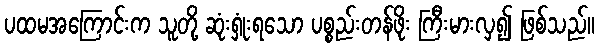
ပထမအကြောင်းက သူတို့ ဆုံးရှုံးရသော ပစ္စည်းတန်ဖိုး ကြီးမားလှ၍ ဖြစ်သည်။